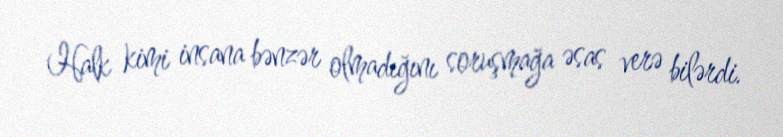
Halk kimi insana bənzər olmadığını soruşmağa əsas verə bilərdi.